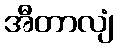
အီတာလျံ